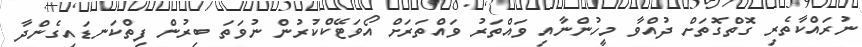
ނުރައްކާތެރި ގޮތްގޮތަށް ދުއްވާ މީހުންނާއި ވައްތަރު ވައްތަރަށް އޯވަޓޭކްކުރުން ނުވަތަ ބިރުން ފިތްކަނޑައިގެންދާ